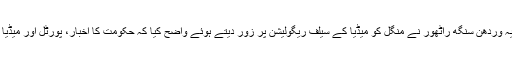
نئی دہلی : اطلاعات و نشریات کے نئے وزیر راجیہ وردھن سنگھ راٹھور نے منگل کو میڈیا کے سیلف ریگولیشن پر زور دیتے ہوئے واضح کیا کہ حکومت کا اخبار، پورٹل اور میڈیا ویب سائٹس پر کنٹرول کا کوئی منصوبہ نہیں ہے۔